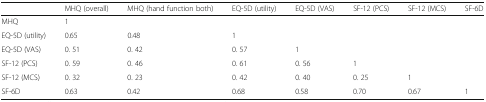
|  | MHQ (overall) | MHQ (hand function both) | EQ-5D (utility) | EQ-5D (VAS) | SF-12 (PCS) | SF-12 (MCS) | SF-6D |
 | --- | --- | --- | --- | --- | --- | --- | --- |
 | MHQ | 1 |  |  |  |  |  |  |
 | EQ-5D (utility) | 0.65 | 0.48 | 1 |  |  |  |  |
 | EQ-5D (VAS) | 0. 51 | 0. 42 | 0. 57 | 1 |  |  |  |
 | SF-12 (PCS) | 0. 59 | 0. 46 | 0. 61 | 0. 56 | 1 |  |  |
 | SF-12 (MCS) | 0. 32 | 0. 23 | 0. 42 | 0. 40 | 0. 25 | 1 |  |
 | SF-6D | 0.63 | 0.42 | 0.68 | 0.58 | 0.70 | 0.67 | 1 |